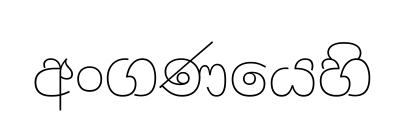
අංගණයෙහි